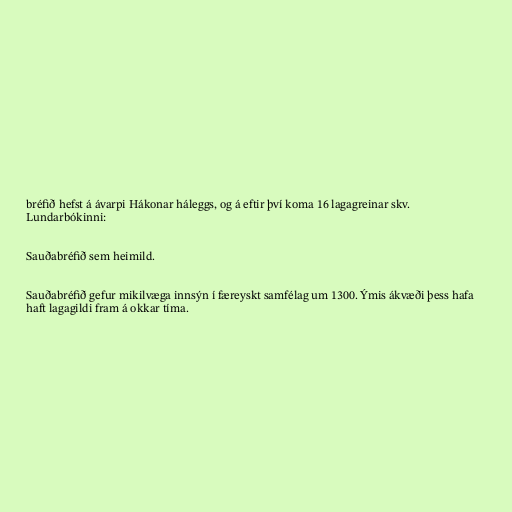
bréfið hefst á ávarpi Hákonar háleggs, og á eftir því koma 16 lagagreinar skv.
Lundarbókinni:

Sauðabréfið sem heimild.

Sauðabréfið gefur mikilvæga innsýn í færeyskt samfélag um 1300. Ýmis ákvæði þess hafa
haft lagagildi fram á okkar tíma.